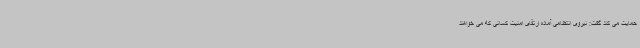
حمایت می کند گفت: نیروی انتظامی آماده ارتقای امنیت کسانی که می خواهند